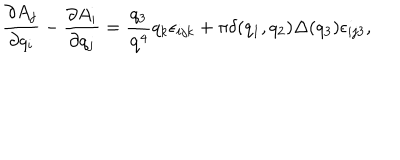
\frac { \partial A _ { j } } { \partial q _ { i } } - \frac { \partial A _ { i } } { \partial q _ { j } } = \frac { q _ { 3 } } { { \bf q } ^ { 4 } } q _ { k } \epsilon _ { i j k } + \pi \delta ( q _ { 1 } , q _ { 2 } ) \Delta ( q _ { 3 } ) \epsilon _ { i j 3 } ,